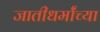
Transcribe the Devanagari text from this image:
जातीधर्मांच्या